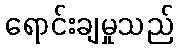
ရောင်းချမှုသည်